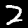
Label: 2